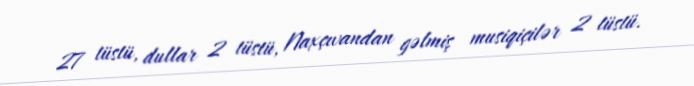
27 tüstü, dullar 2 tüstü, Naxçıvandan gəlmiş musiqiçilər 2 tüstü.